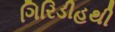
ગિરિડીહથી